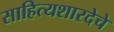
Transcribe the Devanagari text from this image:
साहित्यशारदेचे